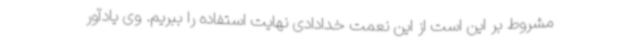
مشروط بر این است از این نعمت خدادادی نهایت استفاده را ببریم. وی یادآور